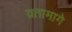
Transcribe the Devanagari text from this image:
व्रतामागे